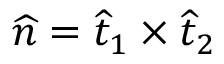
\widehat { n } = \widehat { t } _ { 1 } \times \widehat { t } _ { 2 }